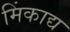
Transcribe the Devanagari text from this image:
मिंकाद्य